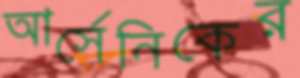
আর্সেনিকের